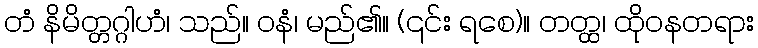
တံ နိမိတ္တဂ္ဂါဟံ၊ သည်။ ဝနံ၊ မည်၏။ (၎င်း ရစေ)။ တတ္ထ၊ ထိုဝနတရား